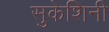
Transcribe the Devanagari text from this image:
सुकेशिनी